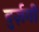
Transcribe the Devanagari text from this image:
बुर्ज़गी